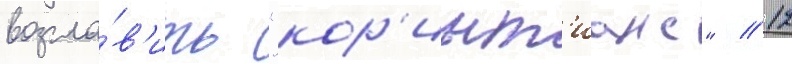
возгла́в'ить "кор'инт'ианс" // 12